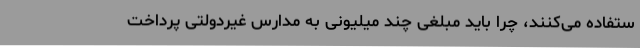
ستفاده می‌کنند، چرا باید مبلغی چند میلیونی به مدارس غیردولتی پرداخت